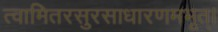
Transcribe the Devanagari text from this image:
त्वामितरसुरसाधारणमभूत्।